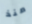
منذ